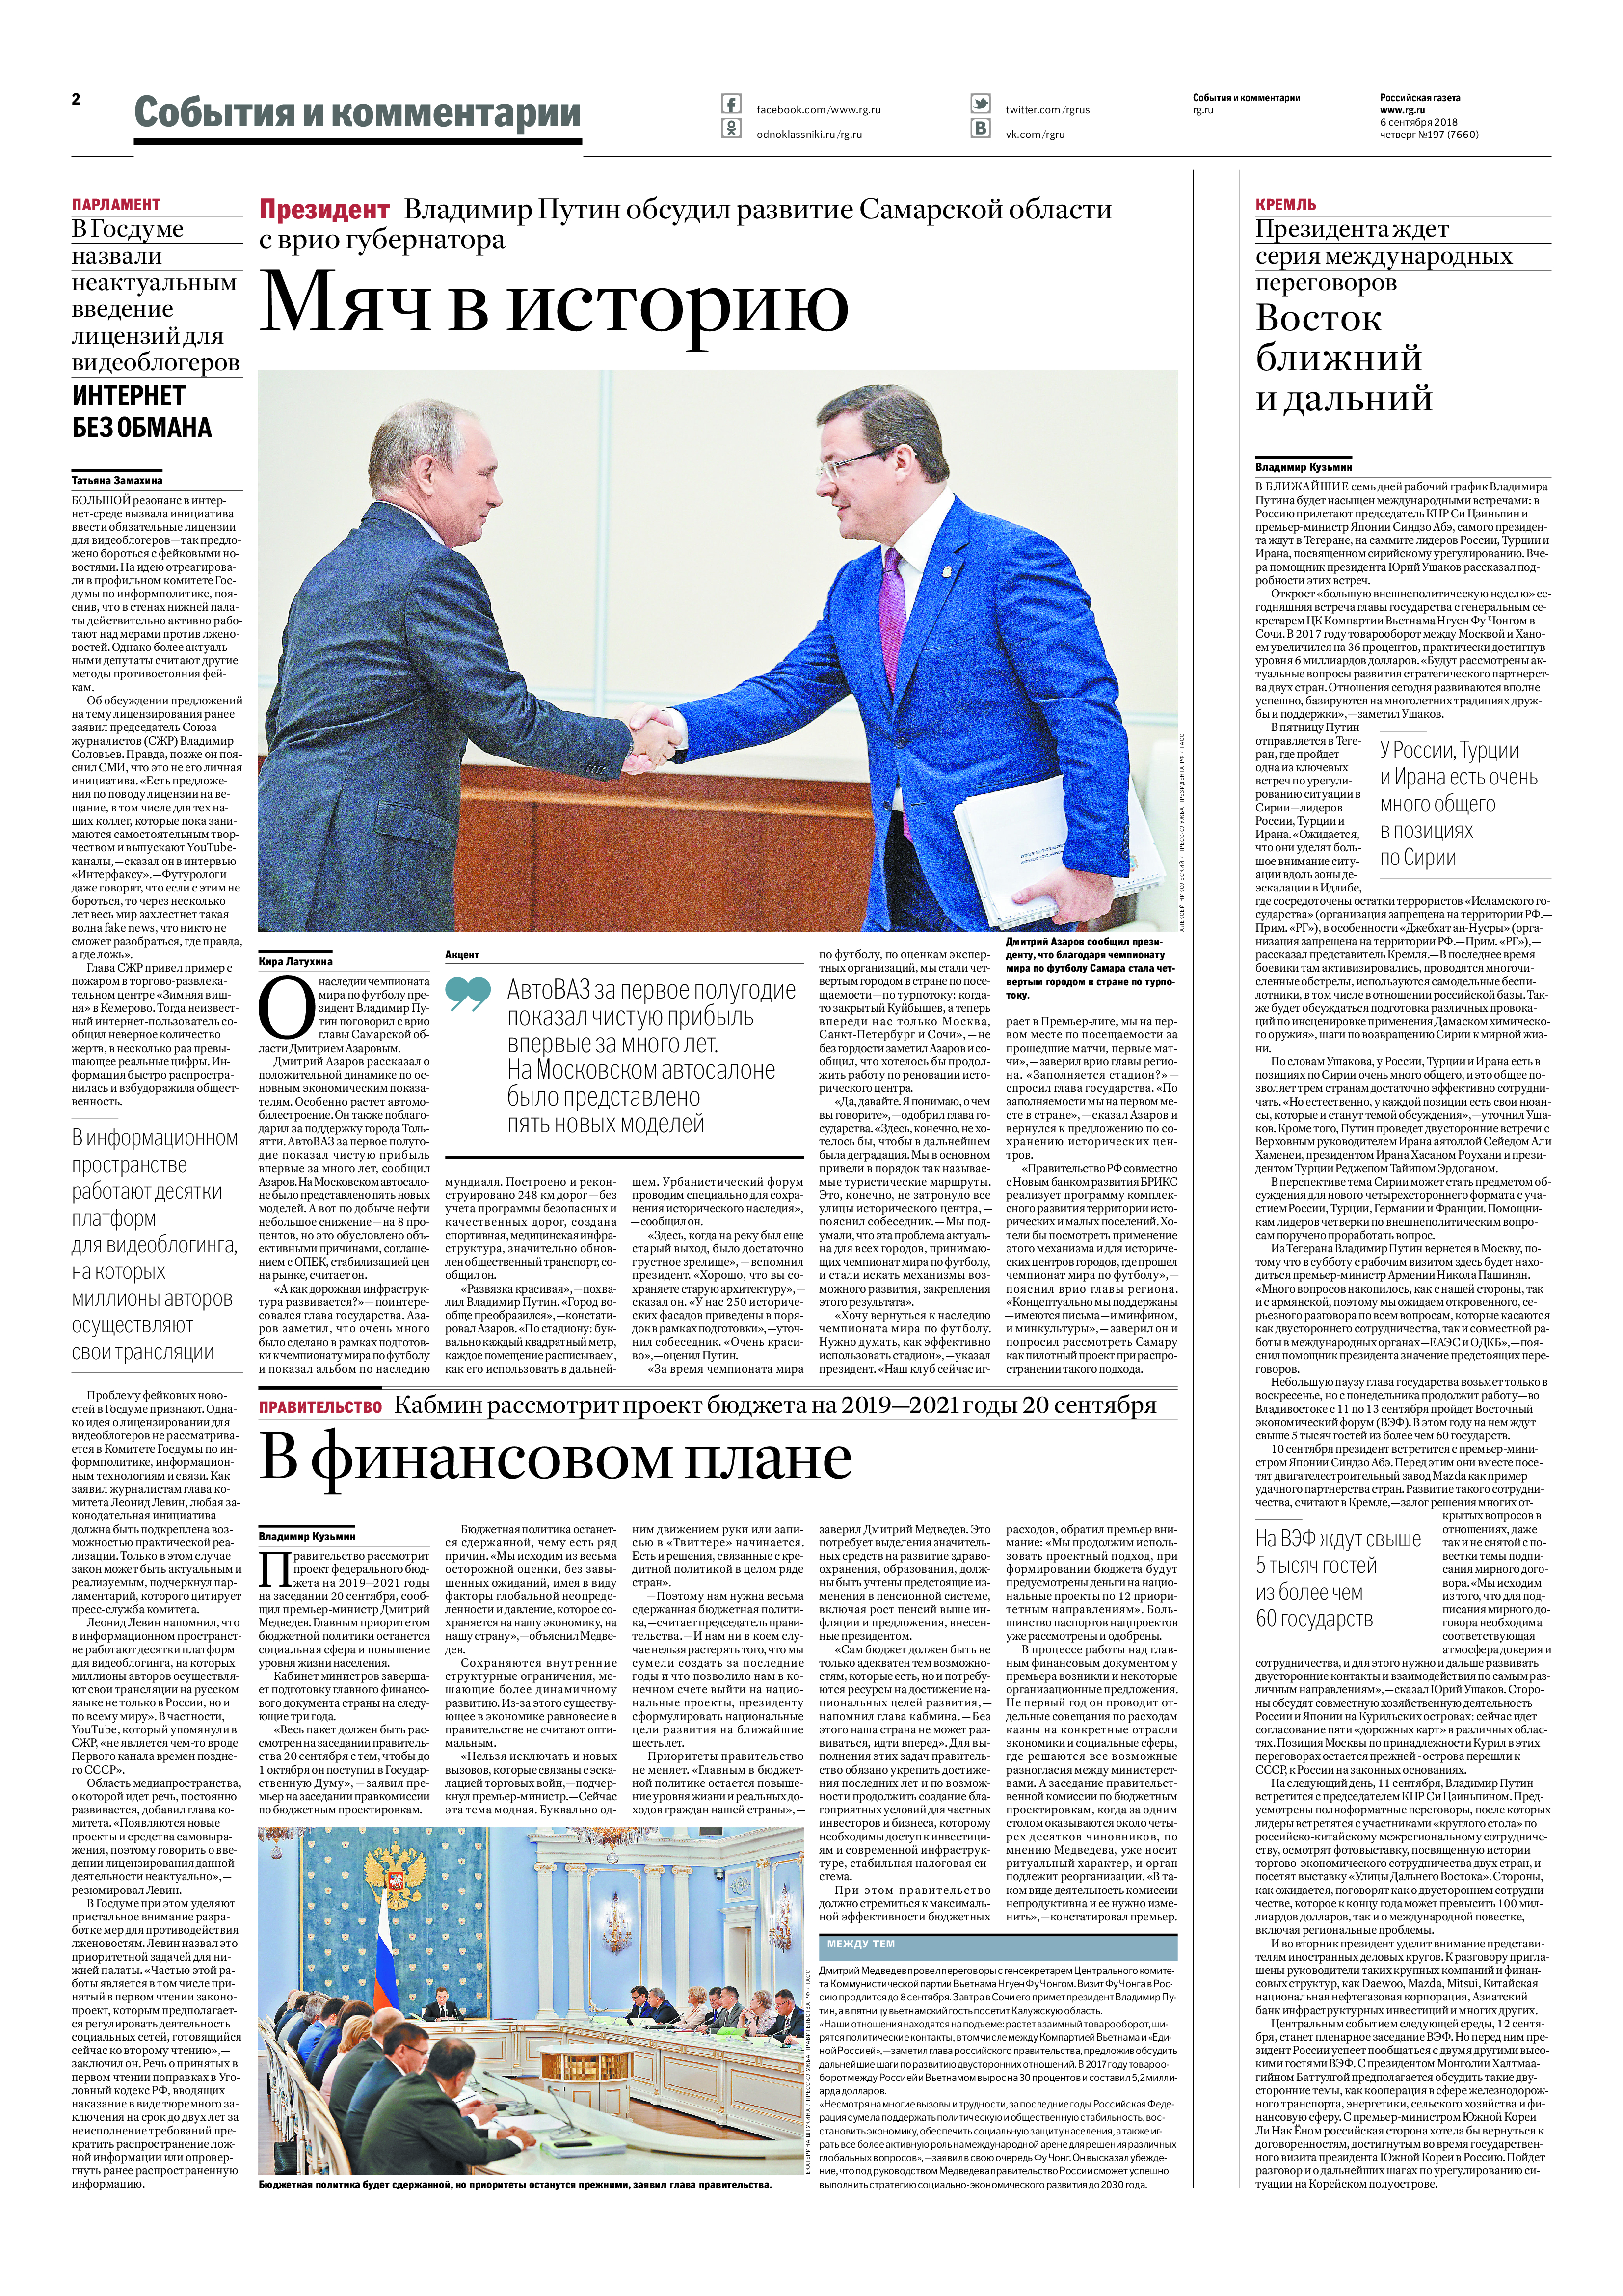
Language: ru